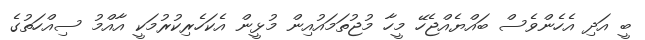
ބީ އަދި އެހެންވެސް ބައްޔެއްޖެހޭ މީހާ މުޖުތަމައުއިން މުޅީން އެކަހެރިކުރުމަކީ އާއްމު ސިއްހަތުގެ